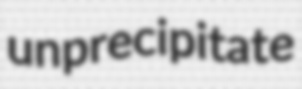
unprecipitate